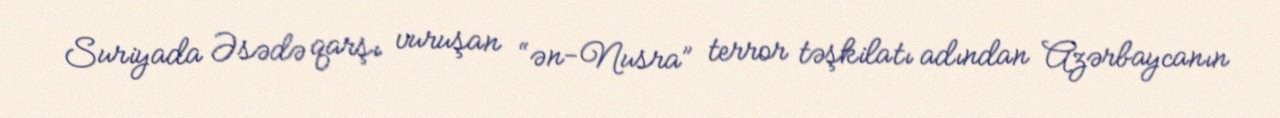
Suriyada Əsədə qarşı vuruşan “ən-Nusra” terror təşkilatı adından Azərbaycanın